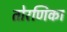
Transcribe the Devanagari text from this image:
तोरणिका